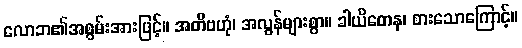
လောဘ၏အစွမ်းအားဖြင့်။ အတိဗဟုံ၊ အလွန်များစွာ။ ခါယိတေန၊ စားသောကြောင့်။